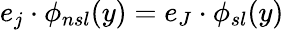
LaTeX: e_{j}\cdot\phi_{nsl}(y)=e_{J}\cdot\phi_{sl}(y)